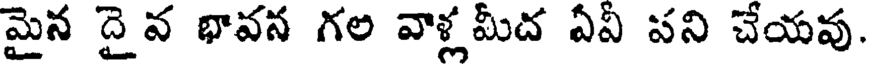
మైన దైవ భావన గల వాళ్లమీద ఏఏ పని చేయవు.